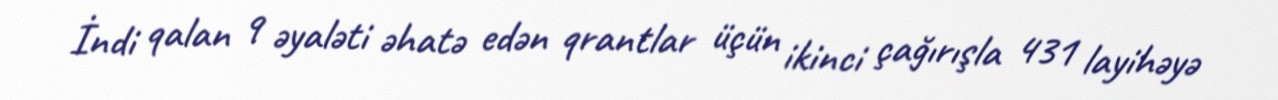
İndi qalan 9 əyaləti əhatə edən qrantlar üçün ikinci çağırışla 431 layihəyə